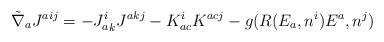
LaTeX: \begin{align*}{\tilde{\nabla}}_{a}J^{aij} = -{J_{a}^{i}}_{k}{J^{akj}} - K_{ac}^{i}K^{acj} - g(R(E_{a},n^{i})E^{a},n^{j})\end{align*}